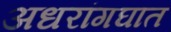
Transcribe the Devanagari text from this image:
अधरांगघात